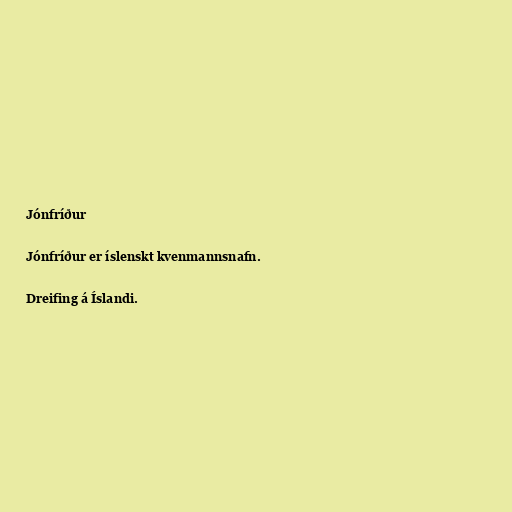
Jónfríður

Jónfríður er íslenskt kvenmannsnafn.

Dreifing á Íslandi.